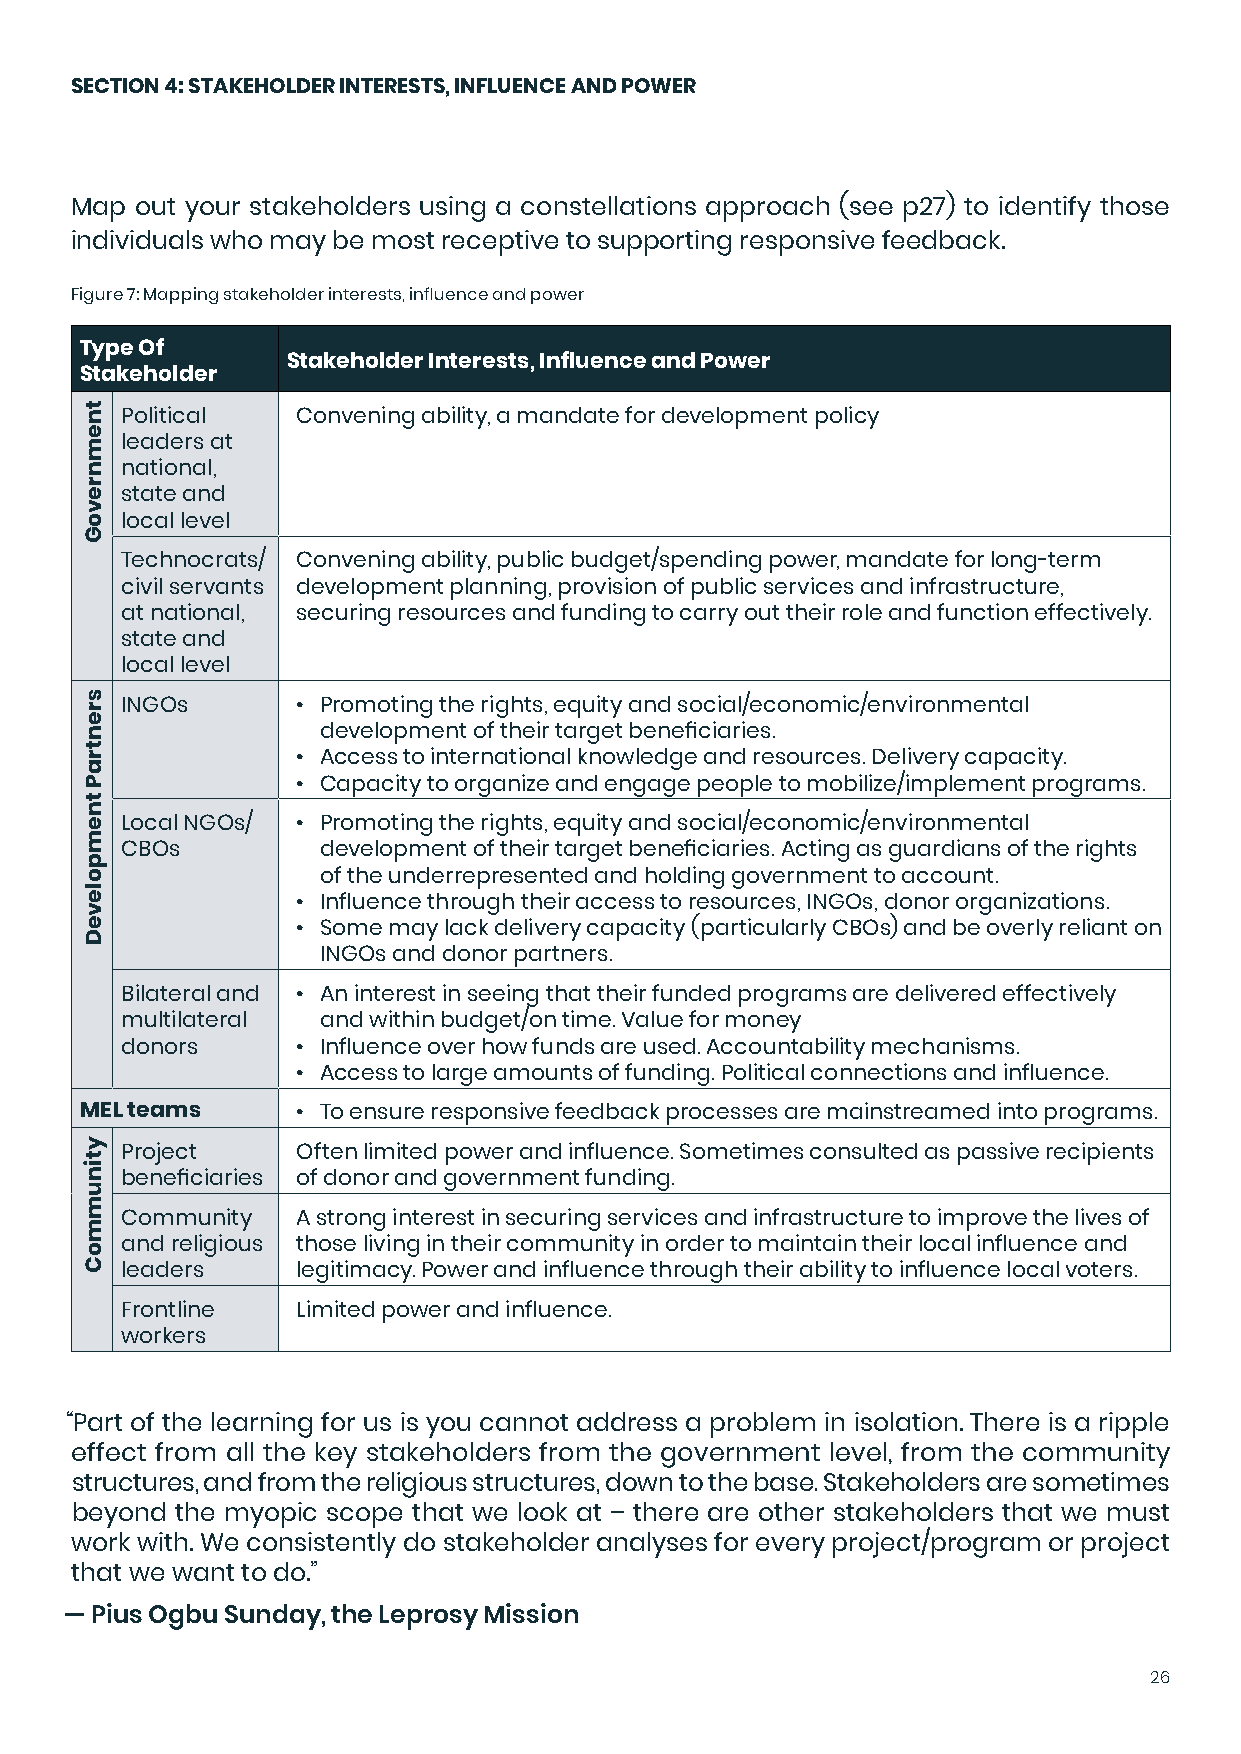
SECTION 4: STAKEHOLDER INTERESTS, INFLUENCE AND POWER
 Map out your stakeholders using a constellations approach (see p27) to identify those
 individuals who may be most receptive to supporting responsive feedback.
 Figure 7: Mapping stakeholder interests, influence and power
 Type Of
 Stakeholder Interests, Influence and Power
 Stakeholder
 Political   Convening ability, a mandate for development policy
 leaders at
 national,
 state and
 local level
 Technocrats/ Convening ability, public budget/spending power, mandate for long-term
 civil servants development planning, provision of public services and infrastructure,
 at national, securing resources and funding to carry out their role and function effectively.
 state and
 local level
 INGOs       • Promoting the rights, equity and social/economic/environmental
 development of their target beneficiaries.
 • Access to international knowledge and resources. Delivery capacity.
 • Capacity to organize and engage people to mobilize/implement programs.
 Local NGOs/ • Promoting the rights, equity and social/economic/environmental
 CBOs         development of their target beneficiaries. Acting as guardians of the rights
 of the underrepresented and holding government to account.
 • Influence through their access to resources, INGOs, donor organizations.
 • Some may lack delivery capacity (particularly CBOs) and be overly reliant on
 INGOs and donor partners.
 Bilateral and • An interest in seeing that their funded programs are delivered effectively
 multilateral and within budget/on time. Value for money
 donors      • Influence over how funds are used. Accountability mechanisms.
 • Access to large amounts of funding. Political connections and influence.
 MEL teams      • To ensure responsive feedback processes are mainstreamed into programs.
 Project     Often limited power and influence. Sometimes consulted as passive recipients
 beneficiaries of donor and government funding.
 Community   A strong interest in securing services and infrastructure to improve the lives of
 and religious those living in their community in order to maintain their local influence and
 leaders     legitimacy. Power and influence through their ability to influence local voters.
 Frontline   Limited power and influence.
 workers
 “Part of the learning for us is you cannot address a problem in isolation. There is a ripple
 effect from all the key stakeholders from the government level, from the community
 structures, and from the religious structures, down to the base. Stakeholders are sometimes
 beyond the myopic scope that we look at – there are other stakeholders that we must
 work with. We consistently do stakeholder analyses for every project/program or project
 that we want to do.”
 — Pius Ogbu Sunday, the Leprosy Mission
 26
 tnemnrevoG
 srentraP
 tnempoleveD
 ytinummoC